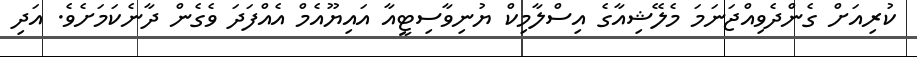
ކުރިއަށް ގެންދެވިއްޖަނަމަ މެލޭޝިއާގެ އިސްލާމިކް ޔުނިވާސިޓީއާ އައިޔޫއެމް އެއްފަދަ ވެގެން ދާނެކަމަށެވެ. އަދި